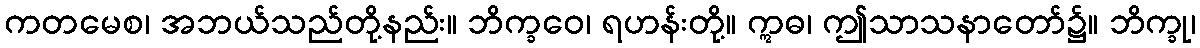
ကတမေစ၊ အဘယ်သည်တို့နည်း။ ဘိက္ခဝေ၊ ရဟန်းတို့။ ဣဓ၊ ဤသာသနာတော်၌။ ဘိက္ခု၊